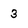
Character: 3